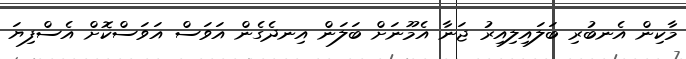
މާކިން އެނބުރި ބަލައިލިއިރު ޖަނާ އެމޫނަށް ބަލަން އިނދެގެން އަވަސް އަވަސްކޮށް އެސްފިޔަ